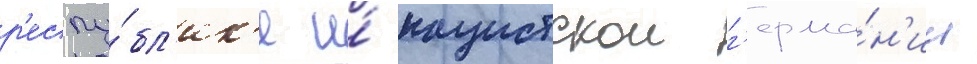
р'еспу́бл'ик'е и́ нацистскои г'ерма́н'ии